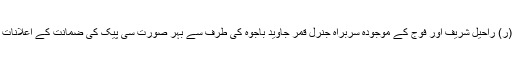
اسی لئے سابق آرمی چیف جنرل (ر) راحیل شریف اور فوج کے موجودہ سربراہ جنرل قمر جاوید باجوہ کی طرف سے بہر صورت سی پیک کی ضمانت کے اعلانات تواتر سے سامنے آتے رہے ہیں۔